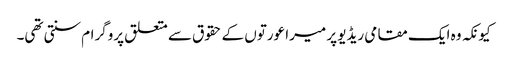
کیونکہ وہ ایک مقامی ریڈیو پر میرا عورتوں کے حقوق سے متعلق پروگرام سنتی تھی۔